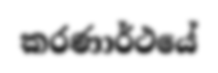
කරණාර්ථයේ